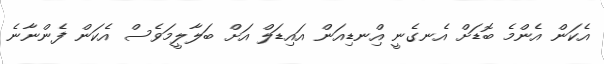
އެކަން އެންމެ ބޮޑަށް އެނގެނީ އިްނޑިއަން އައިޑަލް އަށް ބަލާލީމަވެސް އެކަން ފެންނާނެ